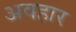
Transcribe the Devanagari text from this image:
अवहार